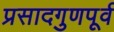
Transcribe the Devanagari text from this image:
प्रसादगुणपूर्व